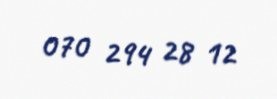
070 294 28 12